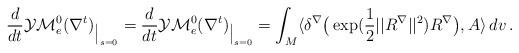
LaTeX: \begin{align*}\aligned \frac d{dt}\mathcal{YM}_e ^0(\nabla ^t)_{\big {|}_{s =0}} = \frac d{dt}\mathcal{YM}_e ^0(\nabla ^t)_{\big {|}_{s =0}} =\int_M\langle\delta ^\nabla\big(\exp (\frac 12||R^\nabla ||^2)R ^\nabla \big), A \rangle \, dv\, .\endaligned\end{align*}